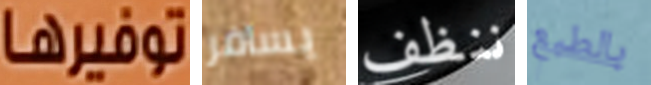
توفيرها يسافر ننظف بالطبع